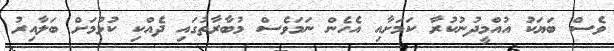
ވެސް ބަޔަކު އުއްމީދުނުކުރާ ކަމަށާއި އެހެން ނަމަވެސް މުބާރާތުގައި ދެއްކި ކުޅުމަށް ބަލާއިރު